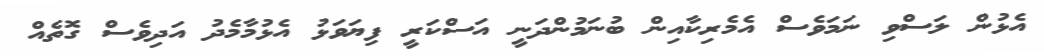
އެޅުން ލަސްވި ނަމަވެސް އެމެރިކާއިން ބުނަމުންދަނީ އަސްކަރީ ފިޔަވަޅު އެޅުމާމެދު އަދިވެސް ގޮތެއް